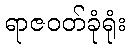
ရာဇဝတ်ခုံရုံး